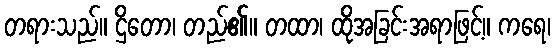
တရားသည်။ ဌိတော၊ တည်၏။ တထာ၊ ထိုအခြင်းအရာဖြင့်။ ကရေ၊